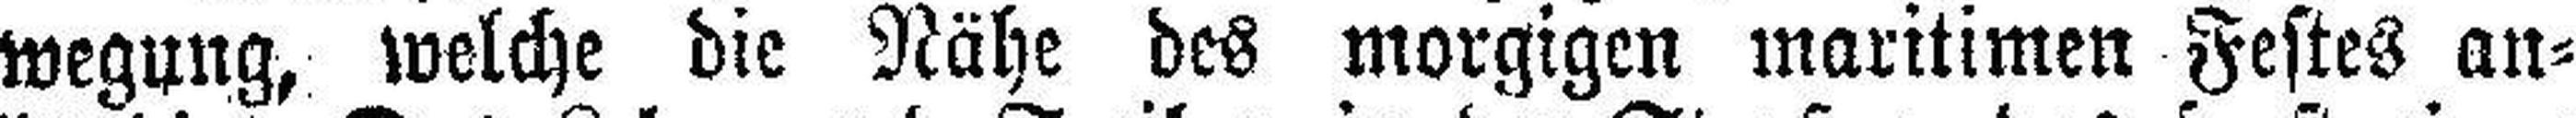
wegung, welche die Nähe des morgigen maritimen Festes an¬